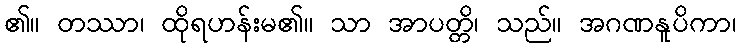
၏။ တဿာ၊ ထိုရဟန်းမ၏။ သာ အာပတ္တိ၊ သည်။ အဂဏနူပိကာ၊